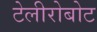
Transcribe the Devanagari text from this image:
टेलीरोबोट